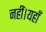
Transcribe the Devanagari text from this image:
नहीं।यहाँ